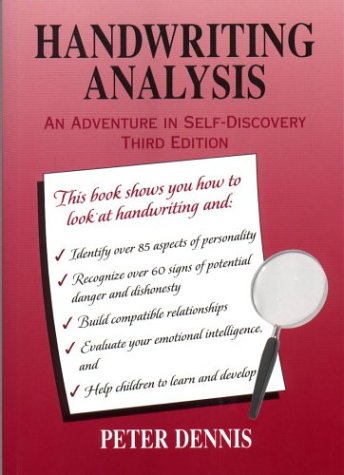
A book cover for Handwriting Analysis: An Adventure in Self-Discovery, Third Edition; Peter H. Dennis; Self-Help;